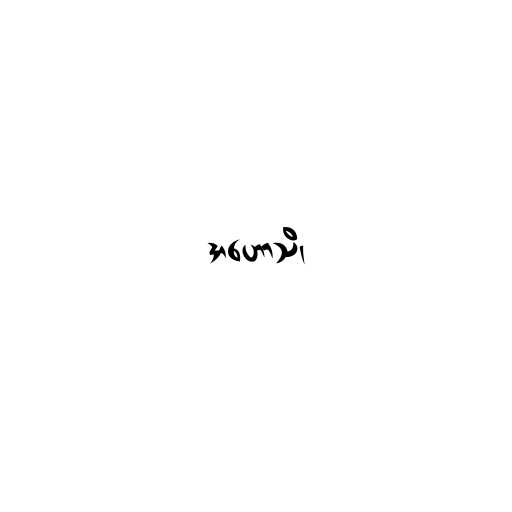
အဟောသိ၊